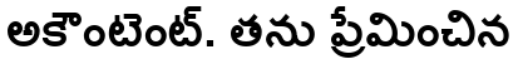
అకౌంటెంట్. తను ప్రేమించిన